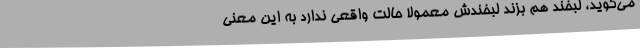
می‌گوید، لبخند هم بزند لبخندش معمولا حالت واقعی ندارد به این معنی